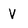
Character: V